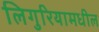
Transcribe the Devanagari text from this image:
लिगुरियामधील